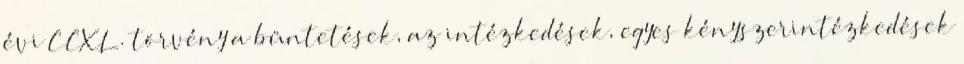
évi CCXL. törvény a büntetések, az intézkedések, egyes kényszerintézkedések